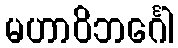
မဟာဝိဘင်္ဂေါ